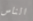
الناس